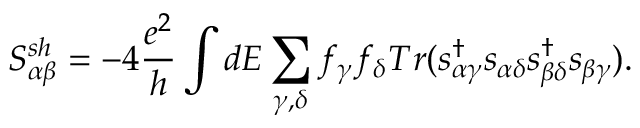
{ S _ { \alpha \beta } ^ { s h } } = - 4 \frac { e ^ { 2 } } { h } \int d E \sum _ { \gamma , \delta } f _ { \gamma } f _ { \delta } T r ( s _ { \alpha \gamma } ^ { \dagger } s _ { \alpha \delta } s _ { \beta \delta } ^ { \dagger } s _ { \beta \gamma } ) .